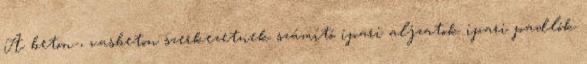
A beton-, vasbeton szerkezetnek számító ipari aljzatok ipari padlók